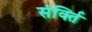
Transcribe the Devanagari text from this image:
संर्क्ति